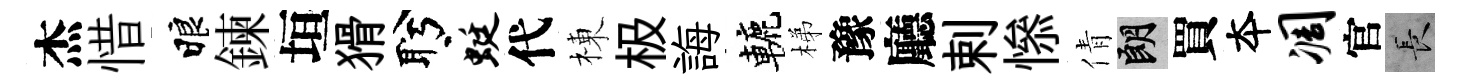
杰惜睱鍊垣猾盻蜓代棟极誨轆梯豫廳剌𢡖倩朗買夲凋官长